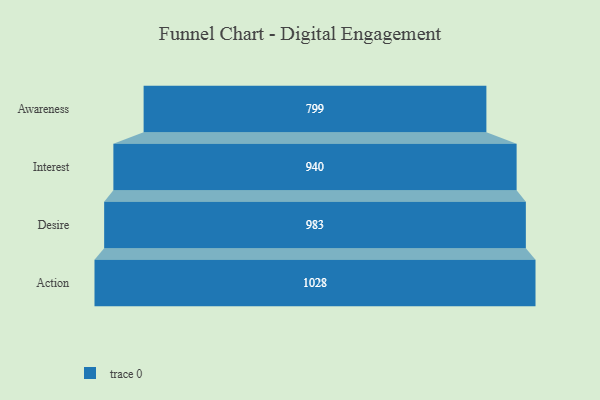
{"axis": {"x": "Stage", "y": "Value"}, "legend": [""], "data": [{"x": "Awareness", "y": 799.0, "type": ""}, {"x": "Interest", "y": 940.0, "type": ""}, {"x": "Desire", "y": 983.0, "type": ""}, {"x": "Action", "y": 1028.0, "type": ""}]}